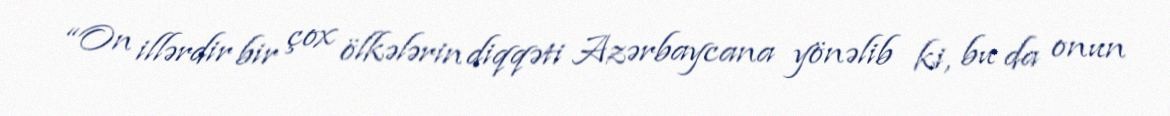
“On illərdir bir çox ölkələrin diqqəti Azərbaycana yönəlib ki, bu da onun